Calcutta medical institutions reports 1871-78
Year: 1871
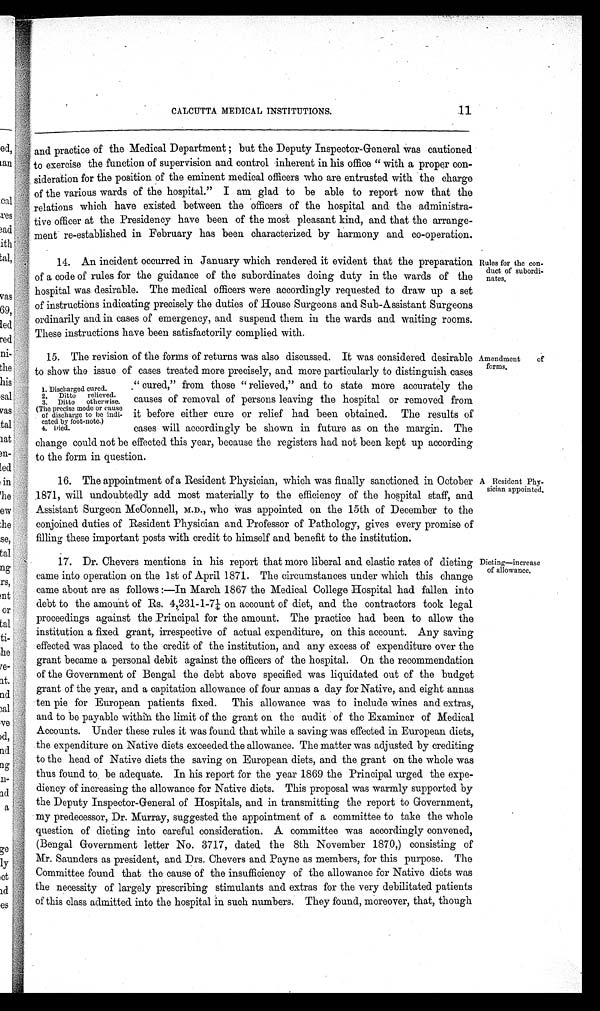
11
CALCUTTA MEDICAL INSTITUTIONS.
and practice of the Medical Department; but the Deputy Inspector-General was cautioned
to exercise the function of supervision and control inherent in his office "with a proper con-
sideration for the position of the eminent medical officers who are entrusted with the charge
of the various wards of the hospital." I am glad to be able to report now that the
relations which have existed between the officers of the hospital and the administra-
tive officer at the Presidency have been of the most pleasant kind, and that the arrange-
ment re-established in February has been characterized by harmony and co-operation.
14. An incident occurred in January which rendered it evident that the preparation
of a code of rules for the guidance of the subordinates doing duty in the wards of the
hospital was desirable. The medical officers were accordingly requested to draw up a set
of instructions indicating precisely the duties of House Surgeons and Sub-Assistant Surgeons
ordinarily and in cases of emergency, and suspend them in the wards and waiting rooms.
These instructions have been satisfactorily complied with.
15. The revision of the forms of returns was also discussed. It was considered desirable
to show the issue of cases treated more precisely, and more particularly to distinguish cases
Rules for the con-
duct of subordi-
nates.
Amendment of
forms.
1.Discharged cured.
2. Ditto relieved.
3. Ditto otherwise.
(The precise mode or cause
of discharge to be indi-
cated by foot-note.)
4. Died.
"cured," from those "relieved," and to state more accurately the
causes of removal of persons leaving the hospital or removed from
it before either cure or relief had been obtained. The results of
cases will accordingly be shown in future as on the margin. The
change could not be effected this year, because the registers had not been kept up according
to the form in question.
16. The appointment of a Resident Physician, which was finally sanctioned in October
1871, will undoubtedly add most materially to the efficiency of the hospital staff, and
Assistant Surgeon McConnell, M.D., who was appointed on the 15th of December to the
conjoined duties of Resident Physician and Professor of Pathology, gives every promise of
filling these important posts with credit to himself and benefit to the institution.
17. Dr. Chevers mentions in his report that more liberal and elastic rates of dieting
came into operation on the 1st of April 1871. The circumstances under which this change
came about are as follows:—In March 1867 the Medical College Hospital had fallen into
debt to the amount of Rs. 4,231-1-7¼ on account of diet, and the contractors took legal
proceedings against the Principal for the amount. The practice had been to allow the
institution a fixed grant, irrespective of actual expenditure, on this account. Any saving
effected was placed to the credit of the institution, and any excess of expenditure over the
grant became a personal debit against the officers of the hospital. On the recommendation
of the Government of Bengal the debt above specified was liquidated out of the budget
grant of the year, and a capitation allowance of four annas a day for Native, and eight annas
ten pie for European patients fixed. This allowance was to include wines and extras,
and to be payable within the limit of the grant on the audit of the Examiner of Medical
Accounts. Under these rules it was found that while a saving was effected in European diets,
the expenditure on Native diets exceeded the allowance. The matter was adjusted by crediting
to the head of Native diets the saving on European diets, and the grant on the whole was
thus found to be adequate. In his report for the year 1869 the Principal urged the expe--
diency of increasing the allowance for Native diets. This proposal was warmly supported by
the Deputy Inspector-General of Hospitals, and in transmitting the report to Government,
my predecessor, Dr. Murray, suggested the appointment of a committee to take the whole
question of dieting into careful consideration. A committee was accordingly convened,
(Bengal Government letter No. 3717, dated the 8th November 1870,) consisting of
Mr. Saunders as president, and Drs. Chevers and Payne as members, for this purpose. The
Committee found that the cause of the insufficiency of the allowance for Native diets was
the necessity of largely prescribing stimulants and extras for the very debilitated patients
of this class admitted into the hospital in such numbers. They found, moreover, that, though
A Resident Phy-
sician appointed.
Dieting—increase
of allowance.